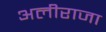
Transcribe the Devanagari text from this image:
अलीराजा